Annual report on the mental hospital in the Central Provinces and Berar (Nagpur) - 1927-1951
Year: 1927
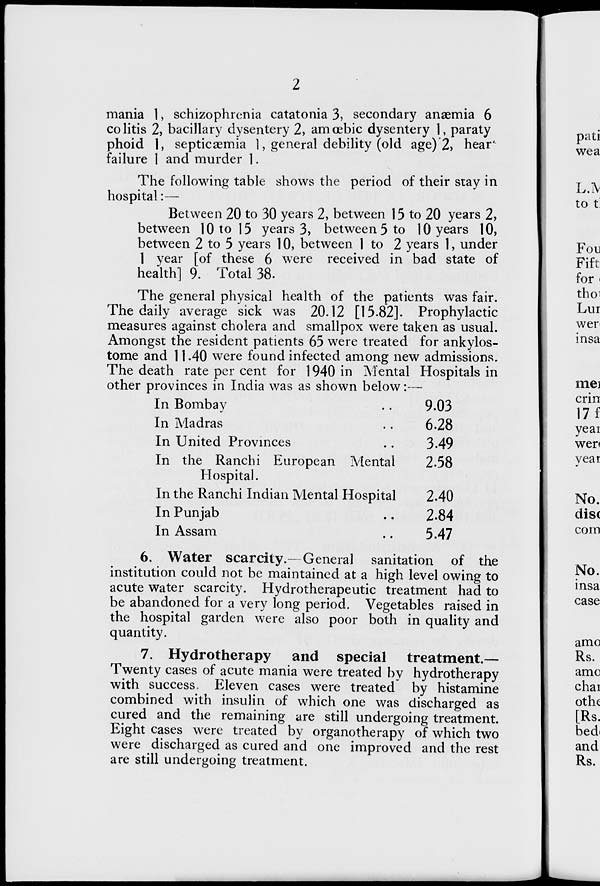
2
mania 1, schizophrenia catatonia 3, secondary anaemia 6
colitis 2, bacillary dysentery 2, amœbic dysentery 1, paraty
phoid 1, septicæmia 1, general debility (old age) 2, hear
failure 1 and murder 1.
The following table shows the period of their stay in
hospital:—
Between 20 to 30 years 2, between 15 to 20 years 2,
between 10 to 15 years 3, between 5 to 10 years 10,
between 2 to 5 years 10, between 1 to 2 years 1, under
1 year [of these 6 were received in bad state of
health] 9. Total 38.
The general physical health of the patients was fair.
The daily average sick was 20.12 [15.82]. Prophylactic
measures against cholera and smallpox were taken as usual.
Amongst the resident patients 65 were treated for ankylos-
tome and 11.40 were found infected among new admissions.
The death rate per cent for 1940 in Mental Hospitals in
other provinces in India was as shown below:—
In Bombay ..
In Madras ..
In United Provinces ..
In the Ranchi European Mental
Hospital.
In the Ranchi Indian Mental Hospital
In Punjab ..
In Assam ..
9.03
6.28
3.49
2.58
2.40
2.84
5.47
6. Water scarcity.—General sanitation of the
institution could not be maintained at a high level owing to
acute water scarcity. Hydrotherapeutic treatment had to
be abandoned for a very long period. Vegetables raised in
the hospital garden were also poor both in quality and
quantity.
7. Hydrotherapy and special treatment.—
wenty cases of acute mania were treated by hydrotherapy
with success. Eleven cases were treated by histamine
combined with insulin of which one was discharged as
cured and the remaining are still undergoing treatment.
Eight cases were treated by organotherapy of which two
were discharged as cured and one improved and the rest
are still undergoing treatment.